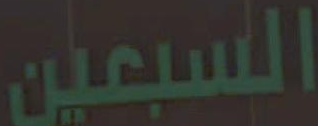
السبعين